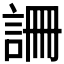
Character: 𧧚